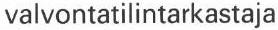
valvontatilintarkastaja